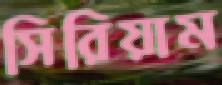
সিরিয়াম